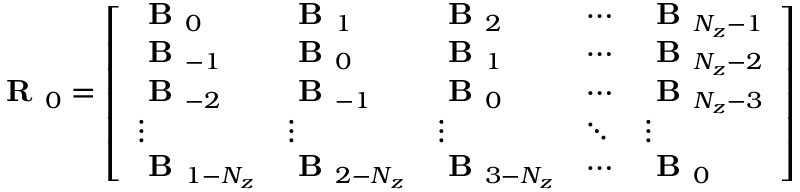
\textbf { R } _ { 0 } = \left[ \begin{array} { l l l l l } { \textbf { B } _ { 0 } } & { \textbf { B } _ { 1 } } & { \textbf { B } _ { 2 } } & { \cdots } & { \textbf { B } _ { N _ { z } - 1 } } \\ { \textbf { B } _ { - 1 } } & { \textbf { B } _ { 0 } } & { \textbf { B } _ { 1 } } & { \cdots } & { \textbf { B } _ { N _ { z } - 2 } } \\ { \textbf { B } _ { - 2 } } & { \textbf { B } _ { - 1 } } & { \textbf { B } _ { 0 } } & { \cdots } & { \textbf { B } _ { N _ { z } - 3 } } \\ { \vdots } & { \vdots } & { \vdots } & { \ddots } & { \vdots } \\ { \textbf { B } _ { 1 - N _ { z } } } & { \textbf { B } _ { 2 - N _ { z } } } & { \textbf { B } _ { 3 - N _ { z } } } & { \cdots } & { \textbf { B } _ { 0 } } \end{array} \right]